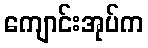
ကျောင်းအုပ်က